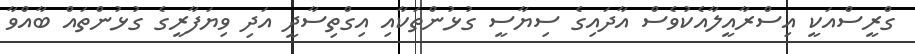
ގްރީސްއަކީ އިސްރާއީލާއެކުވެސް އާދައިގެ ސިޔާސީ ގުޅުންތަކާއި އިގްތިސާދީ އަދި ވިޔަފާރީގެ ގުޅުންތައް ބާއްވާ